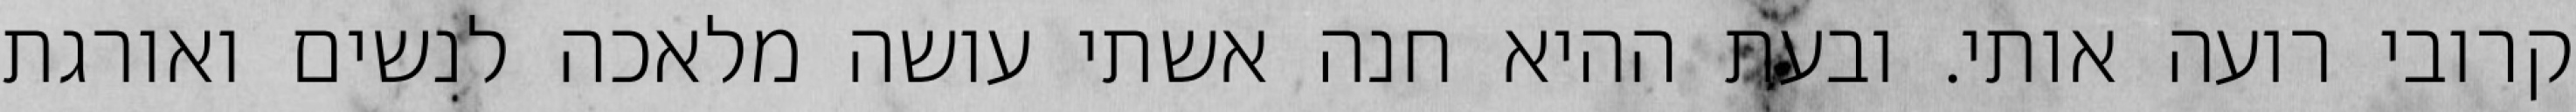
קרובי רועה אותי. ובעת ההיא חנה אשתי עושה מלאכה לנשים ואורגת